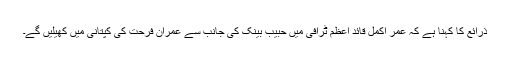
ذرائع کا کہنا ہے کہ عمر اکمل قائد اعظم ٹرافی میں حبیب بینک کی جانب سے عمران فرحت کی کپتانی میں کھیلیں گے۔